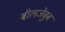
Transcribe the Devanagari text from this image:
बीलजेबुब